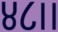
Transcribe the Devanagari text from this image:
४८।।